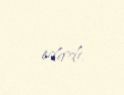
edirdi.